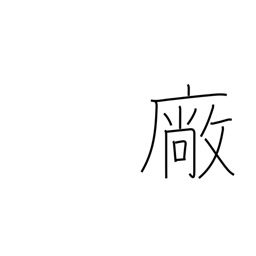
Meaning: workshop